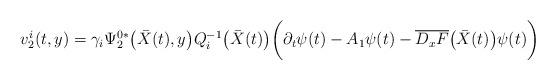
LaTeX: \begin{align*}v^i_2(t,y)=\gamma_i\Psi^{0*}_2\big(\bar{X}(t), y\big)Q^{-1}_i\big(\bar{X}(t)\big)\bigg(\partial_t\psi(t)-A_1\psi(t)-\overline{D_xF}\big(\bar{X}(t)\big)\psi(t)\bigg)\end{align*}